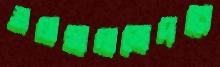
এলসালভেদরে